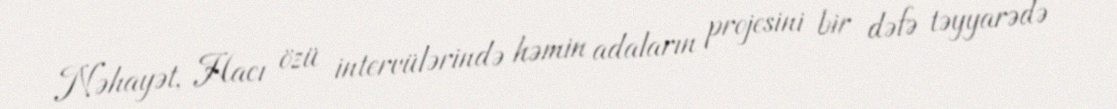
Nəhayət, Hacı özü intervülərində həmin adaların projesini bir dəfə təyyarədə